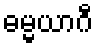
ဓမ္မယာဂီ